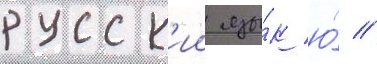
русск'ии язы́к ю́ //